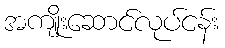
အကျိုးဆောင်လုပ်ငန်း